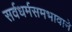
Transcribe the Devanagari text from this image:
सर्वधर्मसमभावाने